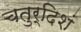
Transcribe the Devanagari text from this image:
चतुर्दिशं